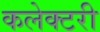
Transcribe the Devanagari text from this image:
कलेक्टरी